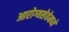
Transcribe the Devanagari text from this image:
आरोग्यसेवेमध्ये